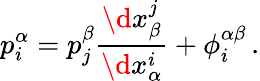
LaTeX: p_{i}^{\alpha}=p_{j}^{\beta}\frac{\d x_{\beta}^{j}}{\d x_{\alpha}^{i}}+\phi_{i}^{\alpha\beta}\, .